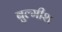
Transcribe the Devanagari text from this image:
बुल्मीश